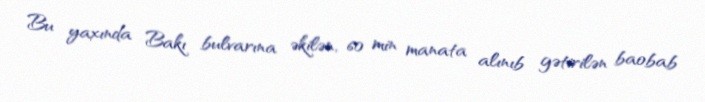
Bu yaxında Bakı bulvarına əkilən, 60 min manata alınıb gətirilən baobab